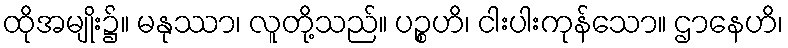
ထိုအမျိုး၌။ မနုဿာ၊ လူတို့သည်။ ပဉ္စဟိ၊ ငါးပါးကုန်သော။ ဌာနေဟိ၊